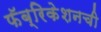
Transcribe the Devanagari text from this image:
फॅब्रिकेशनची